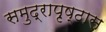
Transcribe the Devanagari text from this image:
समुद्रापृष्ठास